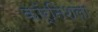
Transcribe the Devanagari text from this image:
कॉर्निशला